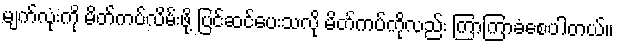
မျက်လုံးကို မိတ်ကပ်လိမ်းဖို့ ပြင်ဆင်ပေးသလို မိတ်ကပ်ကိုလည်း ကြာကြာခံစေပါတယ်။